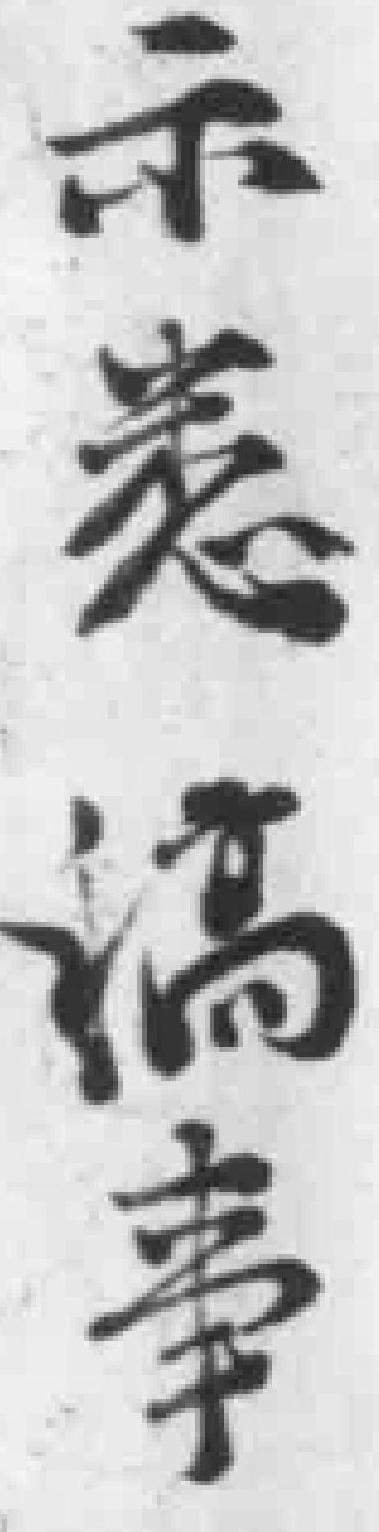
示悉稿事